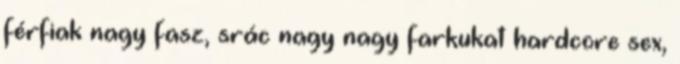
férfiak nagy fasz, srác nagy nagy farkukat hardcore sex,